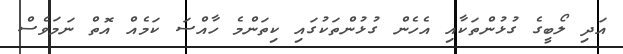
އަދި ލޯބީގެ ގުޅުންތަކާއި އެހެން ގުޅުންތަކުގައި ކިތަންމެ ހާއްސަ ކަމެއް އޮތް ނަމަވެސް